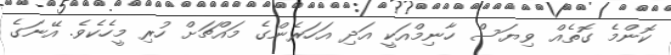
ކޮންމެ ގޮތެއް ވިޔަސް ހާނިމްއަކީ އަދި އަހަރެންގެ މައްޗަށް ހުރި މީހެކެވެ. އޭނަގެ